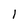
Character: 1